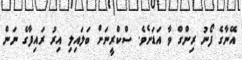
އޭނާގެ ފޯނު ރިންގް ވާ އަޑަށެވެ. ސްކްރީނަށް ބަލައިލި އިރު ރައިފާގެ ނަން